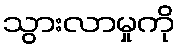
သွားလာမှုကို